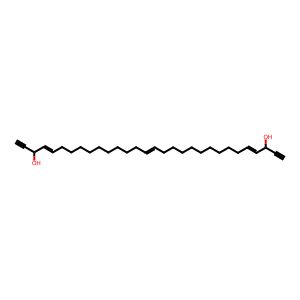
SMILES: C#CC(O)C=CCCCCCCCCCC=CCCCCCCCCCC=CC(O)C#C
Inhibits HIV replication: No